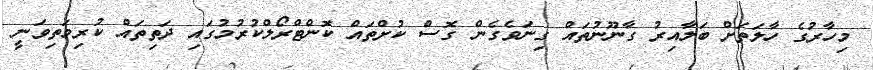
މިހާރުގެ ހާލަތަށް ބަލާއިރު ގާނޫނުތައް ގިނަވެގެން ގޮސް ކުށްތައް ކޮންޓްރޯލްކުރުމުގައި ދަތިތައް ކުރިމަތިވަނީ